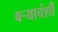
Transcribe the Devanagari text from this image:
बऱ्याचंशी